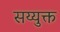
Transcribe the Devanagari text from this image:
सय्युक्त